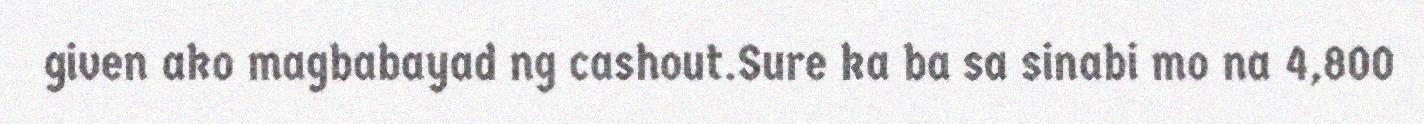
given ako magbabayad ng cashout.Sure ka ba sa sinabi mo na 4,800